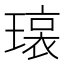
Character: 𬎊